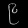
Digit: ၉